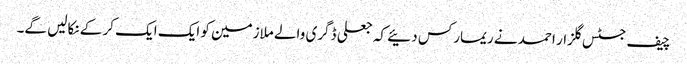
چیف جسٹس گلزار احمد نے ریمارکس دئیے کہ جعلی ڈگری والے ملازمین کو ایک ایک کر کے نکالیں گے۔